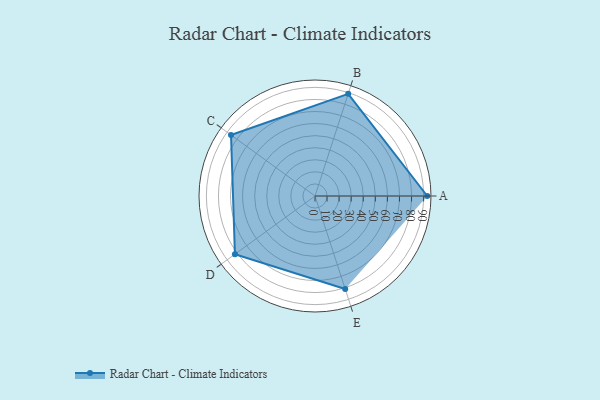
{"axis": {"x": "Skill", "y": "Score"}, "legend": ["Profile"], "data": [{"x": "A", "y": 93.0, "type": "Profile"}, {"x": "B", "y": 89.0, "type": "Profile"}, {"x": "C", "y": 86.0, "type": "Profile"}, {"x": "D", "y": 82.0, "type": "Profile"}, {"x": "E", "y": 81.0, "type": "Profile"}]}